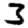
Digit: 3